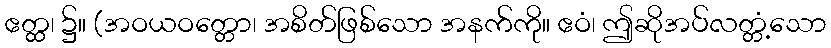
ဧတ္ထ၊ ၌။ (အဝယဝတ္တော၊ အစိတ်ဖြစ်သော အနက်ကို။ ဧဝံ၊ ဤဆိုအပ်လတ္တံ့သော